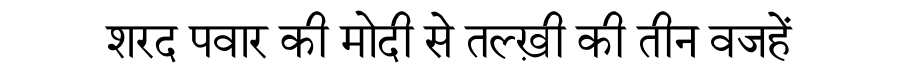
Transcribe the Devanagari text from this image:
शरद पवार की मोदी से तल्ख़ी की तीन वजहें